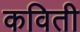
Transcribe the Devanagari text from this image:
कविती